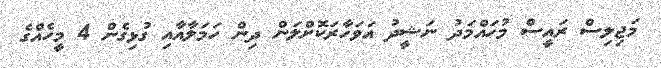
މަޖިލިސް ރައީސް މުހައްމަދު ނަޝީދު އަވަހާރަކޮށްލަން ދިން ހަމަލާއާއި ގުޅިގެން 4 މީހެއްގެ